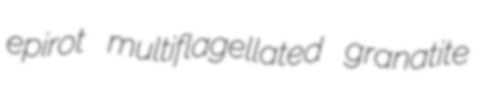
epirot multiflagellated granatite